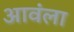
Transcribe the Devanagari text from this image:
आवंला